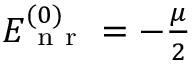
\begin{array} { r } { E _ { \mathrm { ~ n ~ r ~ } } ^ { ( 0 ) } = - \frac { \mu } { 2 } \; } \end{array}